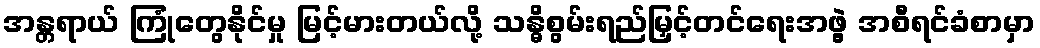
အန္တရာယ် ကြုံတွေနိုင်မှု မြင့်မားတယ်လို့ သန္ဓိစွမ်းရည်မြှင့်တင်ရေးအဖွဲ့ အစီရင်ခံစာမှာ